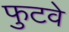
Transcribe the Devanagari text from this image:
फुटवे